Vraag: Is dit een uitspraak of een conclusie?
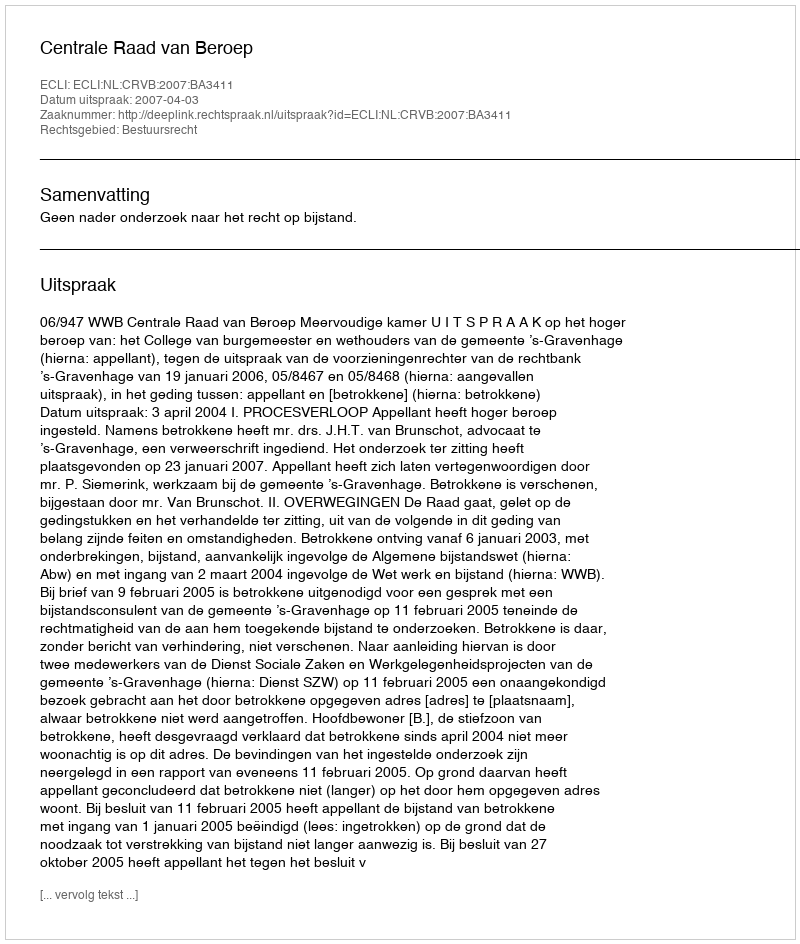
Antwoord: Uitspraak